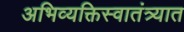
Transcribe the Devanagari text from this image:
अभिव्यक्तिस्वातंत्र्यात